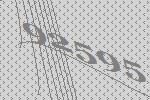
92595